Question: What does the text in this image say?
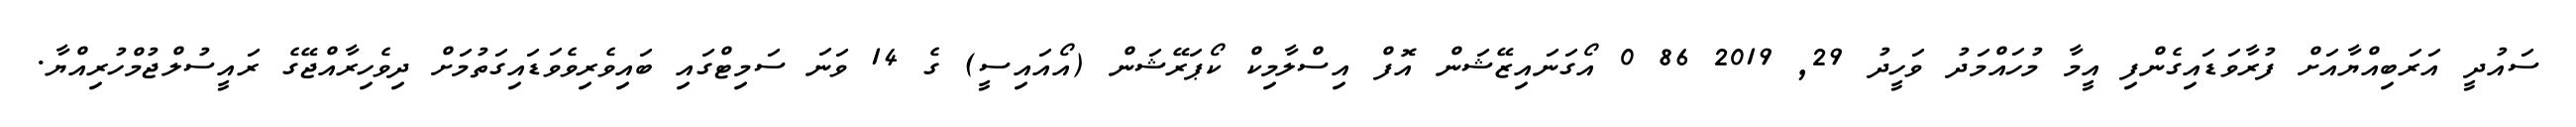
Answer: ސައުދީ އަރަބިއްޔާއަށް ފުރާވަޑައިގެންފި އީމާ މުހައްމަދު ވަހީދު 29, 2019 86 0 އޯގަނައިޒޭޝަން އޮފް އިސްލާމިކް ކޯޕަރޭޝަން (އޯއައިސީ) ގެ 14 ވަނަ ސަމިޓްގައި ބައިވެރިވެވަޑައިގަތުމަށް ދިވެހިރާއްޖޭގެ ރައީސުލްޖުމްހުރިއްޔާ.